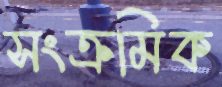
সংক্রমিক